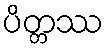
ပိတ္တဿ